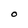
Character: O